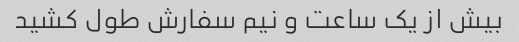
بیش از یک ساعت و نیم سفارش طول کشید